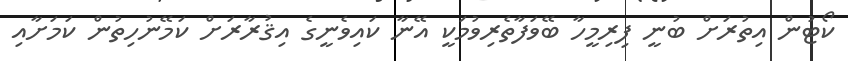
ކޯޓުން އިތުރަށް ބުނީ ފިރިމީހާ ބޭވަފާތެރިވުމަކީ އޭނާ ކައިވެނީގެ އިޤުރާރަށް ކަމޭނުހިތުން ކަމަށާއި